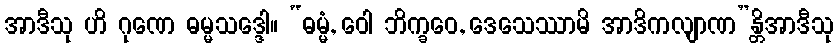
အာဒီသု ဟိ ဂုဏေ ဓမ္မသဒ္ဒေါ။ “ဓမ္မံ, ဝေါ ဘိက္ခဝေ, ဒေသေဿာမိ အာဒိကလျာဏ”န္တိအာဒီသု